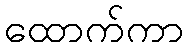
ထောက်ကာ